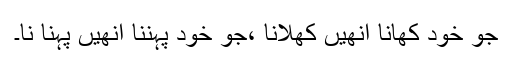
جو خود کھانا انھیں کھلانا ،جو خود پہننا انھیں پہنا نا۔